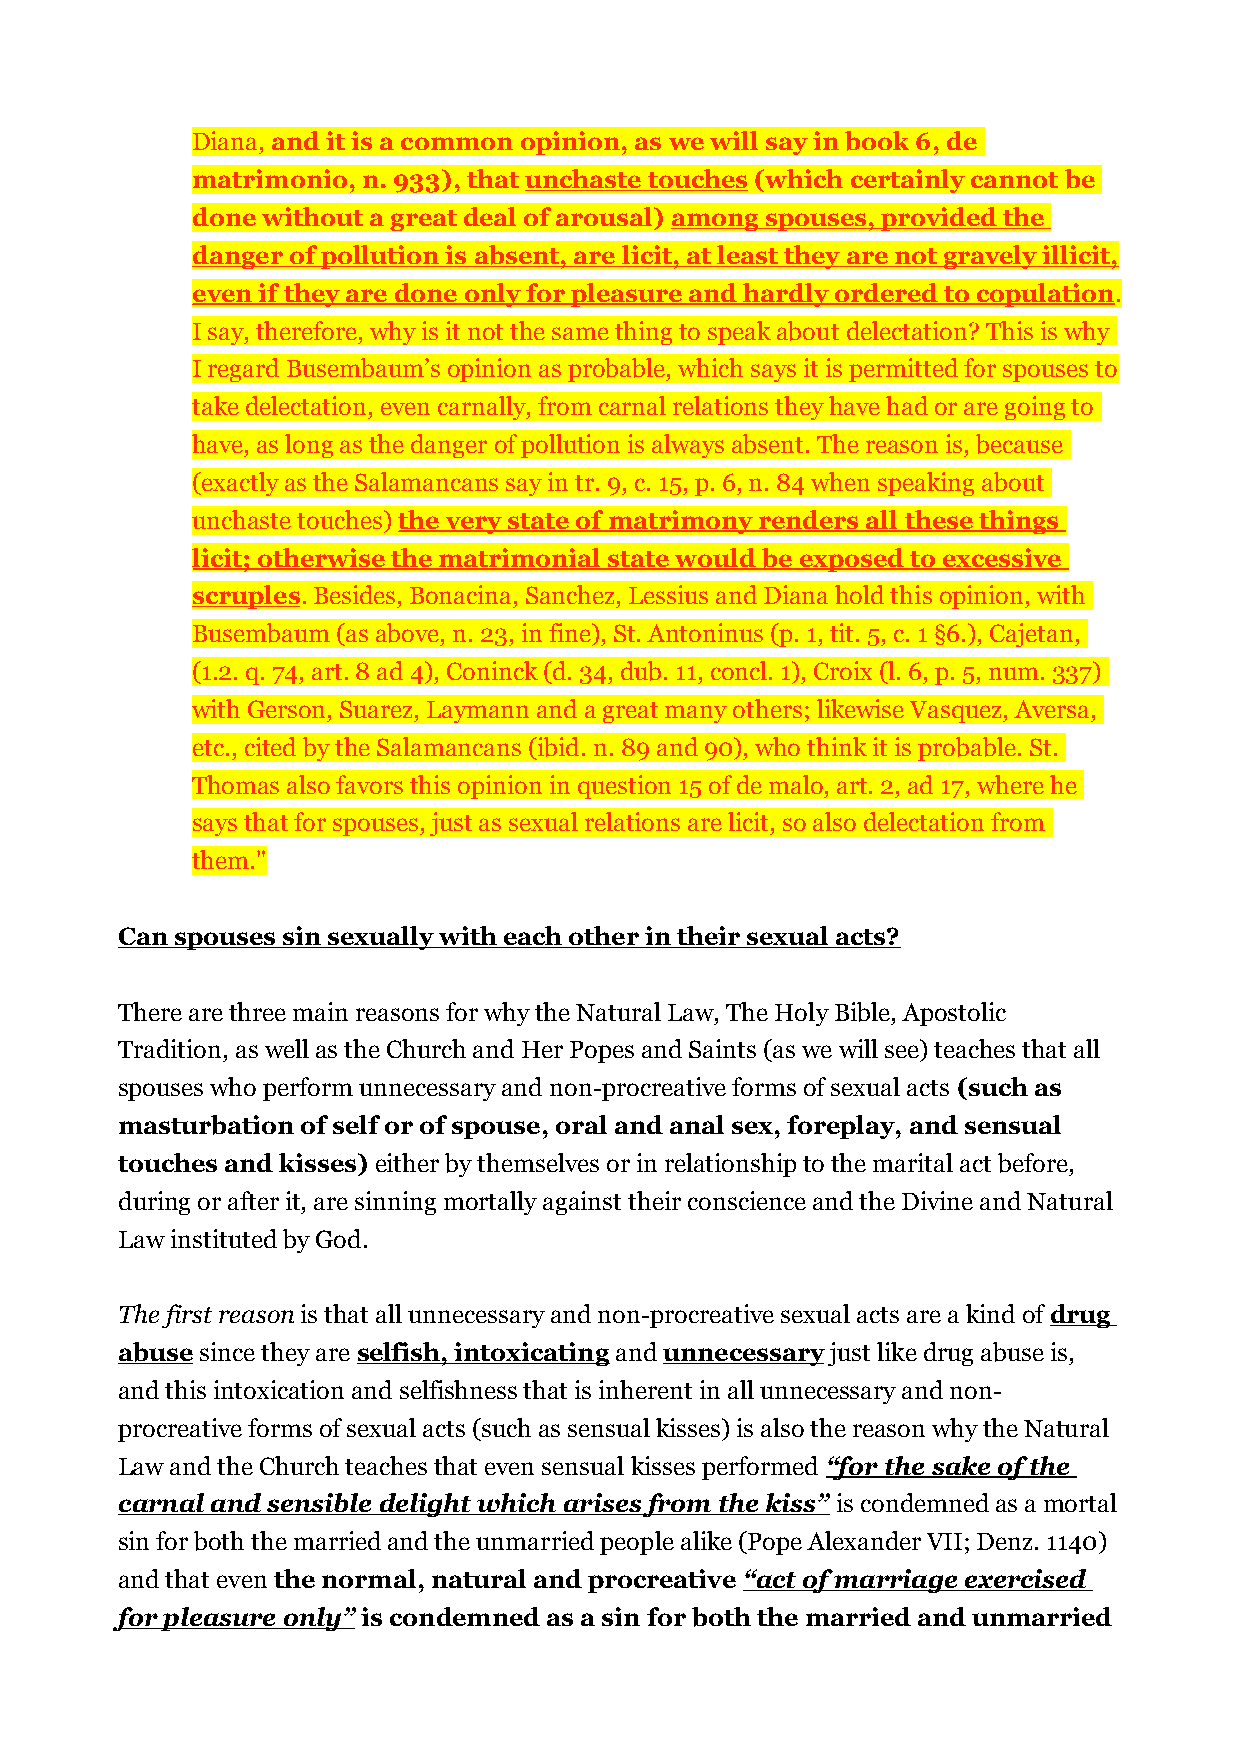
Diana, and it is a common opinion, as we will say in book 6, de
 matrimonio, n. 933), that unchaste touches (which certainly cannot be
 done without a great deal of arousal) among spouses, provided the
 danger of pollution is absent, are licit, at least they are not gravely illicit,
 even if they are done only for pleasure and hardly ordered to copulation.
 I say, therefore, why is it not the same thing to speak about delectation? This is why
 I regard Busembaum’s opinion as probable, which says it is permitted for spouses to
 take delectation, even carnally, from carnal relations they have had or are going to
 have, as long as the danger of pollution is always absent. The reason is, because
 (exactly as the Salamancans say in tr. 9, c. 15, p. 6, n. 84 when speaking about
 unchaste touches) the very state of matrimony renders all these things
 licit; otherwise the matrimonial state would be exposed to excessive
 scruples. Besides, Bonacina, Sanchez, Lessius and Diana hold this opinion, with
 Busembaum (as above, n. 23, in fine), St. Antoninus (p. 1, tit. 5, c. 1 §6.), Cajetan,
 (1.2. q. 74, art. 8 ad 4), Coninck (d. 34, dub. 11, concl. 1), Croix (l. 6, p. 5, num. 337)
 with Gerson, Suarez, Laymann and a great many others; likewise Vasquez, Aversa,
 etc., cited by the Salamancans (ibid. n. 89 and 90), who think it is probable. St.
 Thomas also favors this opinion in question 15 of de malo, art. 2, ad 17, where he
 says that for spouses, just as sexual relations are licit, so also delectation from
 them."
 Can spouses sin sexually with each other in their sexual acts?
 There are three main reasons for why the Natural Law, The Holy Bible, Apostolic
 Tradition, as well as the Church and Her Popes and Saints (as we will see) teaches that all
 spouses who perform unnecessary and non-procreative forms of sexual acts (such as
 masturbation of self or of spouse, oral and anal sex, foreplay, and sensual
 touches and kisses) either by themselves or in relationship to the marital act before,
 during or after it, are sinning mortally against their conscience and the Divine and Natural
 Law instituted by God.
 The first reason is that all unnecessary and non-procreative sexual acts are a kind of drug
 abuse since they are selfish, intoxicating and unnecessary just like drug abuse is,
 and this intoxication and selfishness that is inherent in all unnecessary and non-
 procreative forms of sexual acts (such as sensual kisses) is also the reason why the Natural
 Law and the Church teaches that even sensual kisses performed “for the sake of the
 carnal and sensible delight which arises from the kiss” is condemned as a mortal
 sin for both the married and the unmarried people alike (Pope Alexander VII; Denz. 1140)
 and that even the normal, natural and procreative “act of marriage exercised
 for pleasure only” is condemned as a sin for both the married and unmarried